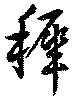
稚